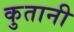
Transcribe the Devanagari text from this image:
कुतानी